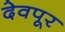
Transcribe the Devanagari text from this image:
देवपूर